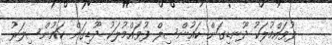
ފުވައްމުލަކު ދޫނޑިގަން ކައުންސިލް ފުވައްމުލަކު ދޫޑިގަން ކައުންސިލަރު